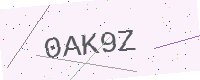
Text: 0AK9Z